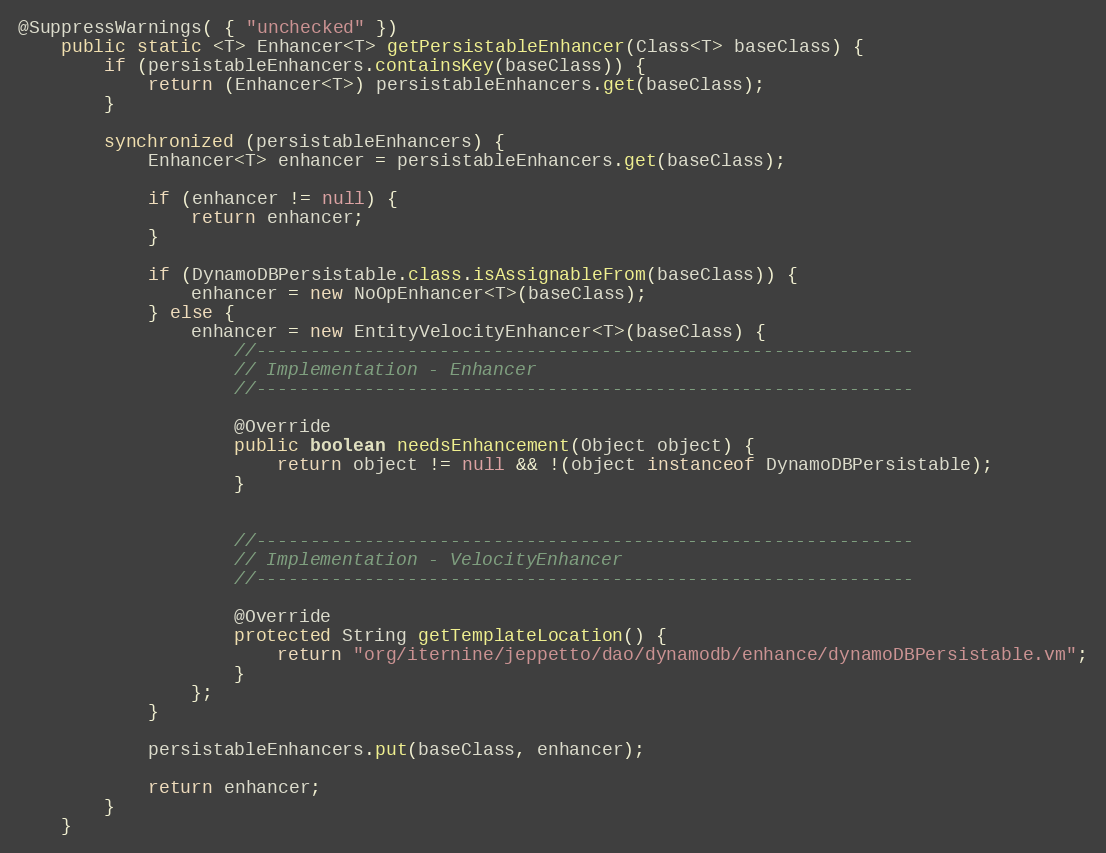
Language: Java
@SuppressWarnings( { "unchecked" })
    public static <T> Enhancer<T> getPersistableEnhancer(Class<T> baseClass) {
        if (persistableEnhancers.containsKey(baseClass)) {
            return (Enhancer<T>) persistableEnhancers.get(baseClass);
        }

        synchronized (persistableEnhancers) {
            Enhancer<T> enhancer = persistableEnhancers.get(baseClass);

            if (enhancer != null) {
                return enhancer;
            }

            if (DynamoDBPersistable.class.isAssignableFrom(baseClass)) {
                enhancer = new NoOpEnhancer<T>(baseClass);
            } else {
                enhancer = new EntityVelocityEnhancer<T>(baseClass) {
                    //-------------------------------------------------------------
                    // Implementation - Enhancer
                    //-------------------------------------------------------------

                    @Override
                    public boolean needsEnhancement(Object object) {
                        return object != null && !(object instanceof DynamoDBPersistable);
                    }

                    //-------------------------------------------------------------
                    // Implementation - VelocityEnhancer
                    //-------------------------------------------------------------

                    @Override
                    protected String getTemplateLocation() {
                        return "org/iternine/jeppetto/dao/dynamodb/enhance/dynamoDBPersistable.vm";
                    }
                };
            }

            persistableEnhancers.put(baseClass, enhancer);

            return enhancer;
        }
    }